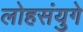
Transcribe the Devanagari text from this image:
लोहसंयुगे